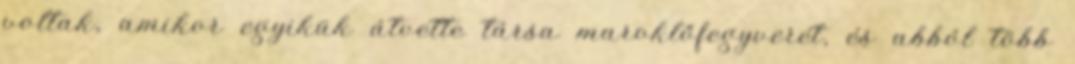
voltak, amikor egyikük átvette társa maroklőfegyverét, és abból több